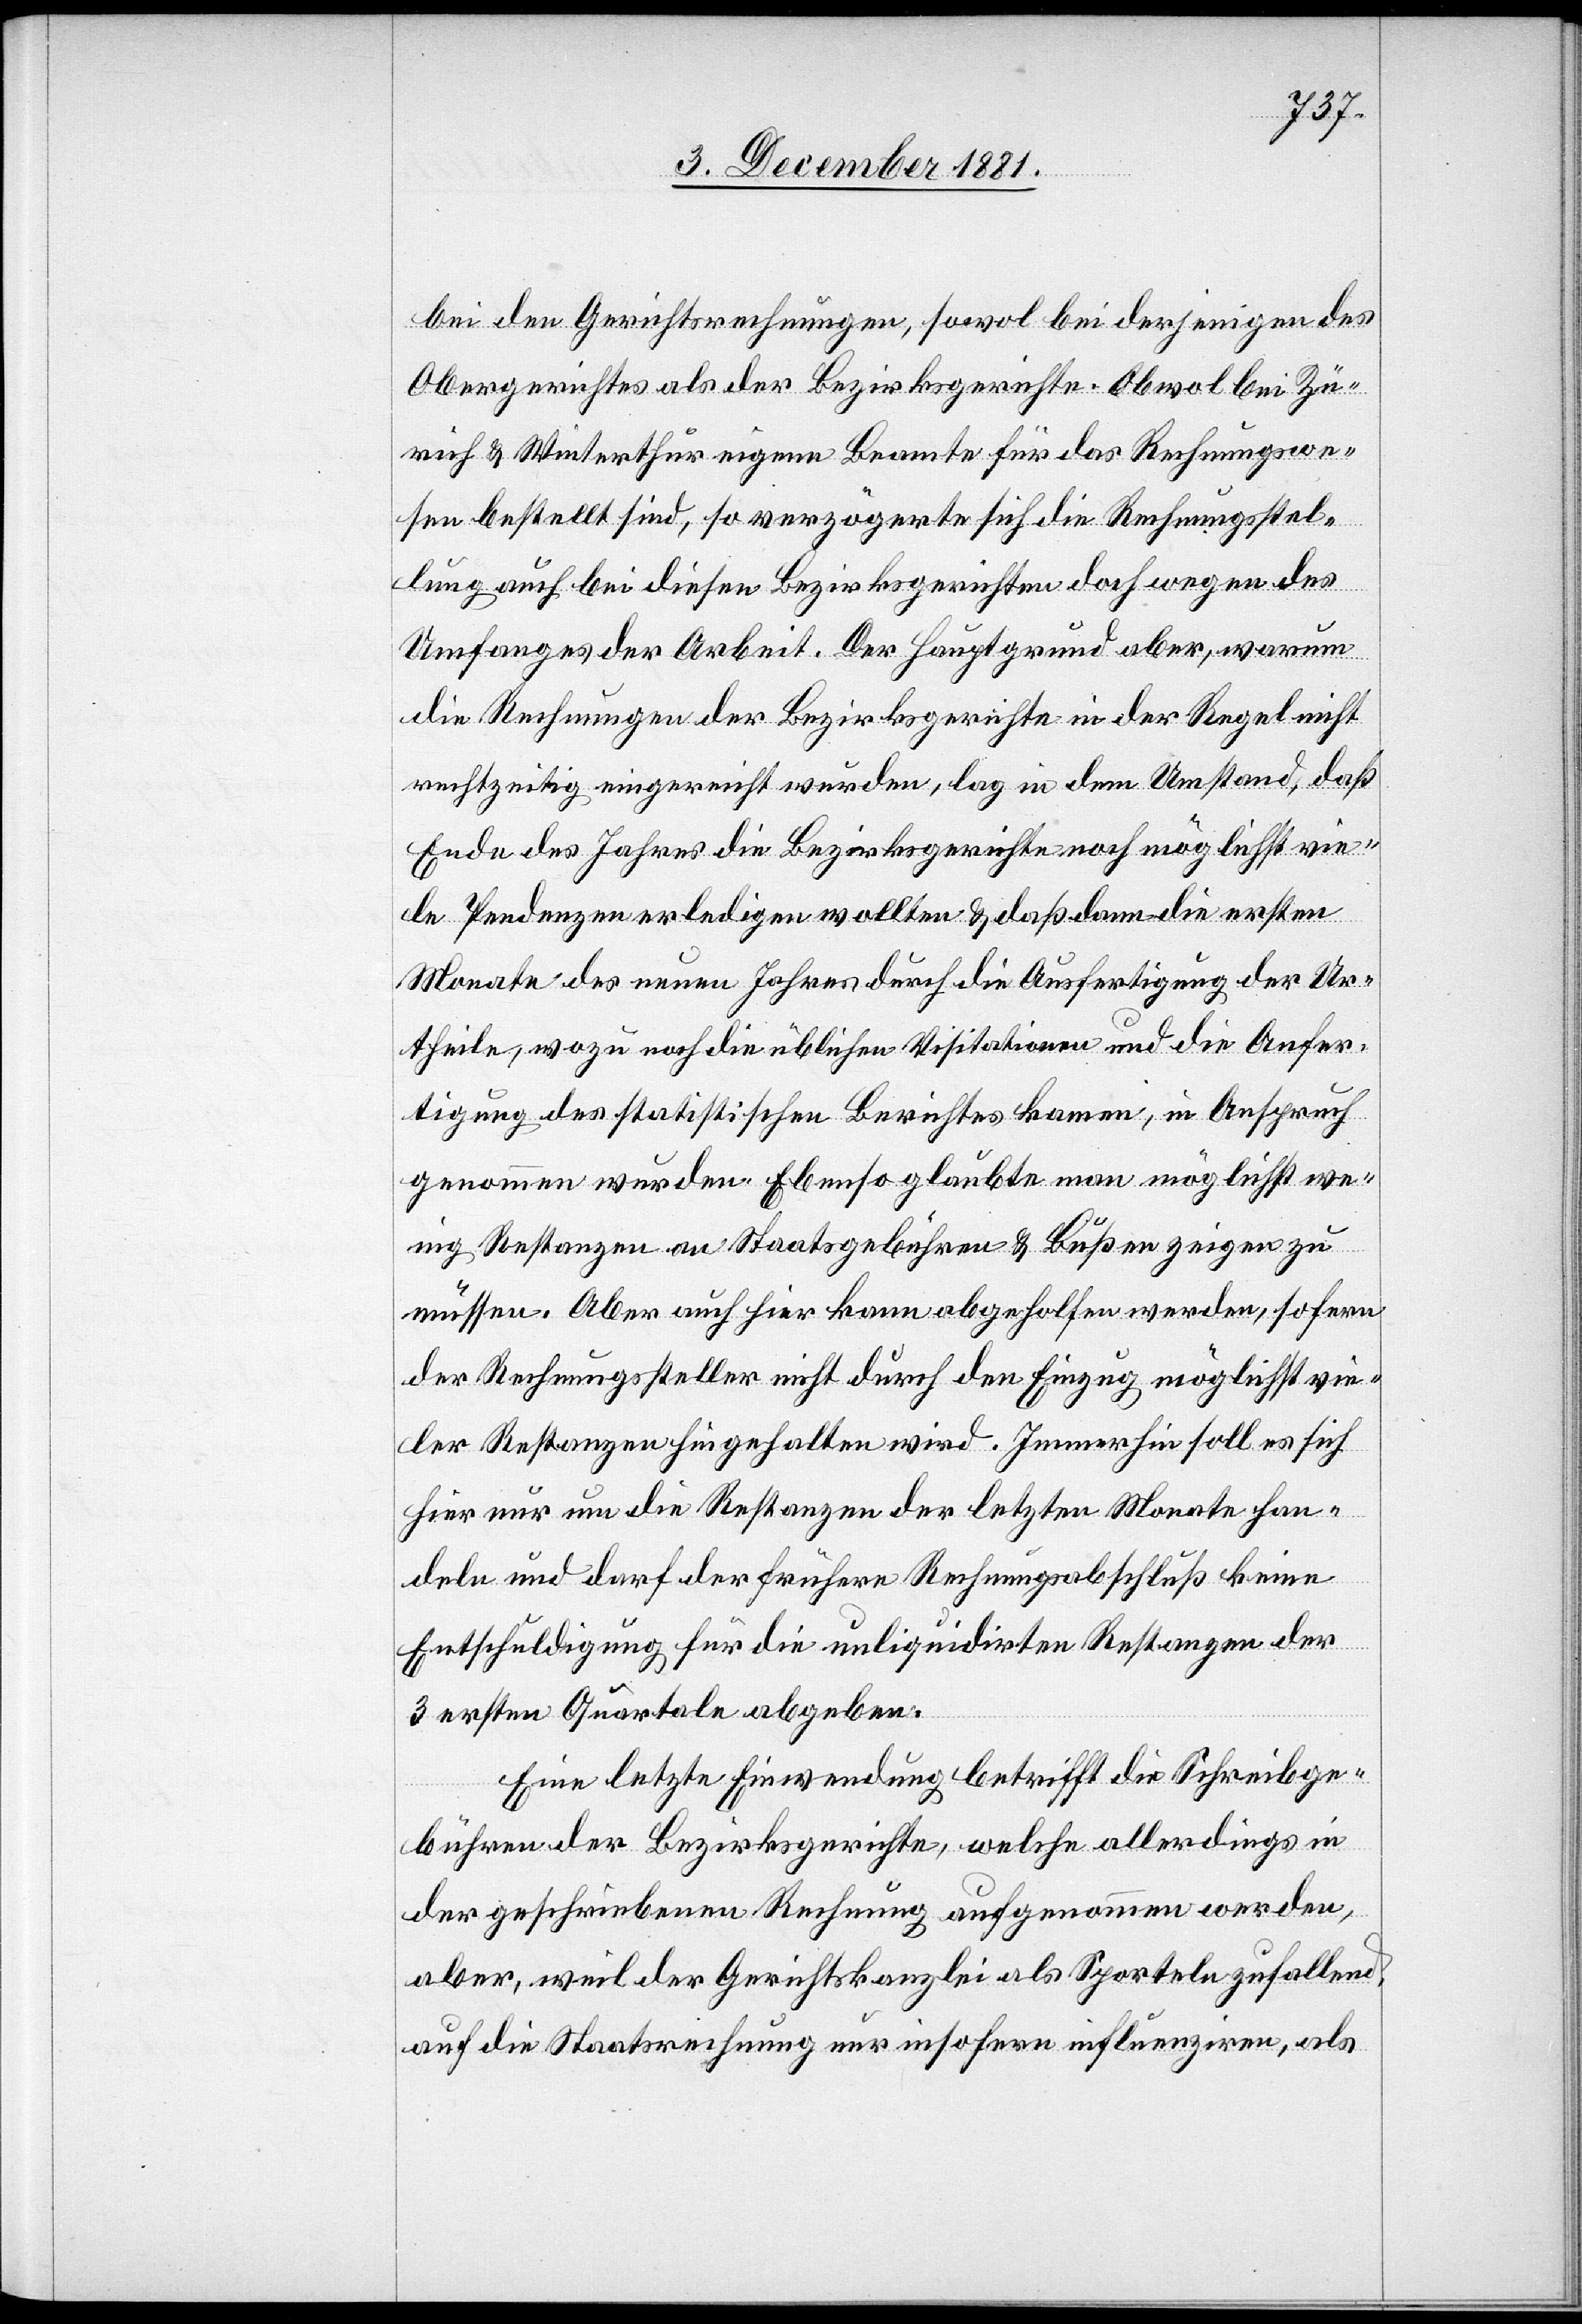
bei den Gerichtsrechnungen, sowol bei derjenigen des
Obergerichtes als der Bezirksgerichte. Obwol bei Zü¬
rich & Winterthur eigene Beamte für das Rechnungswe¬
sen bestellt sind, so verzögerte sich die Rechnungsstel¬
lung auch bei diesen Bezirksgerichten doch wegen des
Umfanges der Arbeit. Der Hauptgrund aber, warum
die Rechnungen der Bezirksgerichte in der Regel nicht
rechtzeitig eingereicht wurden, lag in dem Umstand, daß
Ende des Jahres die Bezirksgerichte noch möglichst vie¬
le Pendenzen erledigen wollten & daß dann die ersten
Monate des neuen Jahres durch die Ausfertigung der Ur¬
theile, wozu noch die üblichen Visitationen und die Anfer¬
tigung des statistischen Berichtes kamen, in Anspruch
genommen wurden. Ebenso glaubte man möglichst we¬
nig Restanzen an Staatsgebühren & Bußen zeigen zu
müssen. Aber auch hier kann abgeholfen werden, sofern
der Rechnungssteller nicht durch den Einzug möglichst vie¬
ler Restanzen hingehalten wird. Immerhin soll es sich
hier nur um die Restanzen der letzten Monate han¬
deln und darf der frühere Rechnungsabschluß keine
Entschuldigung für die unliquidirten Restanzen der
3 ersten Quartale abgeben.
Eine letzte Einwendung betrifft die Schreibge¬
bühren der Bezirksgerichte, welche allerdings in
der geschriebenen Rechnung aufgenommen werden,
aber, weil der Gerichtskanzlei als Sporteln zufallend,
auf die Staatsrechnung nur insofern influenziren, als